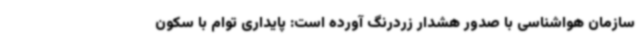
سازمان هواشناسی با صدور هشدار زردرنگ آورده است: پایداری توام با سکون